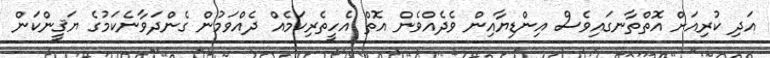
އަދި ކުރިއަށް އޮތްތާނގައިވެސް އިންޑިޔާއިން ވެދެއްވެން އޮތް އެހީތެރިކަމެއް ދެއްވަމުން ގެންދަވާނެކަމުގެ ޔަޤީންކަން